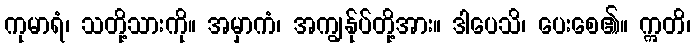
ကုမာရံ၊ သတို့သားကို။ အမှာကံ၊ အကျွန်ုပ်တို့အား။ ဒါပေသိ၊ ပေးစေ၏။ ဣတိ၊